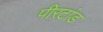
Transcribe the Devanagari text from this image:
पीरटांड